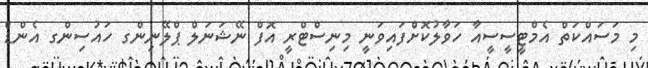
މި މަސައްކަތް އެމްޓީސީސީއާ ހަވާލުކޮށްފައިވަނީ މިނިސްޓްރީ އޮފް ނޭޝަނަލް ޕްލޭނިންގ ހައުސިންގ އެންޑް